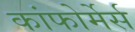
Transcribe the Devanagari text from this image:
कांफोर्मेर्स